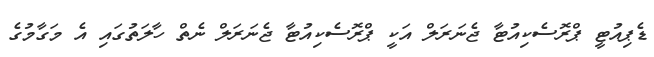
ޑެޕިއުޓީ ޕްރޮސެކިއުޓާ ޖެނަރަލް އަކީ ޕްރޮސެކިއުޓާ ޖެނަރަލް ނެތް ހާލަތުގައި އެ މަގާމުގެ